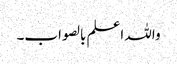
واللہ اعلم بالصواب۔